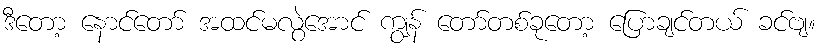
ဒီတော့ နောင်တော် အထင်မလွဲအောင် ကျွန် တော်တစ်ခုတော့ ပြောချင်တယ် ခင်ဗျ။